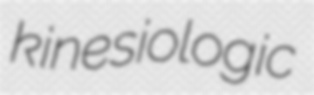
kinesiologic